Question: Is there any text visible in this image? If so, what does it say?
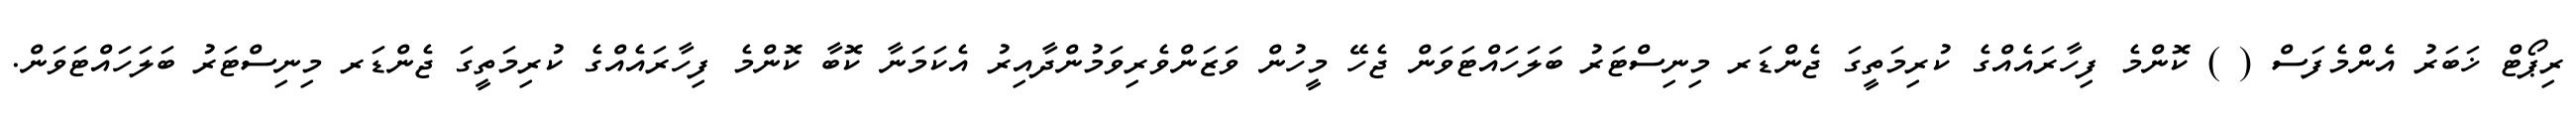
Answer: ރިޕޯޓް ޚަބަރު އެންމެފަސް ( ) ކޮންމެ ފިހާރައެއްގެ ކުރިމަތީގަ ޖެންޑަރ މިނިސްޓަރު ބަލަހައްޓަވަން ޖެހޭ މީހުން ވަޒަންވެރިވަމުންދާއިރު އެކަމަނާ ކޮބާ ކޮންމެ ފިހާރައެއްގެ ކުރިމަތީގަ ޖެންޑަރ މިނިސްޓަރު ބަލަހައްޓަވަން.